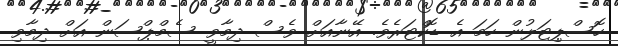
ހޮސްޕިޓަލުން ހަމަ އެ ޑޮކްޓަރެވެ. އޭނާއަށް ވެސް ދިމާވީ ސެމްޕްސަން އަށް ދިމާވި